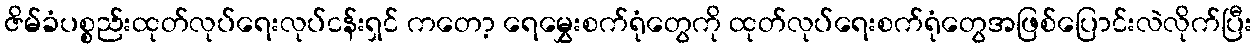
ဇိမ်ခံပစ္စည်းထုတ်လုပ်ရေးလုပ်ငန်းရှင် ကတော့ ရေမွှေးစက်ရုံတွေကို ထုတ်လုပ်ရေးစက်ရုံတွေအဖြစ်ပြောင်းလဲလိုက်ပြီး